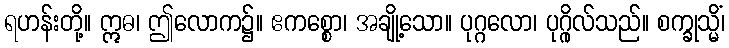
ရဟန်းတို့။ ဣဓ၊ ဤလောက၌။ ဧကစ္စော၊ အချို့သော။ ပုဂ္ဂလော၊ ပုဂ္ဂိုလ်သည်။ စက္ခုသ္မိံ၊